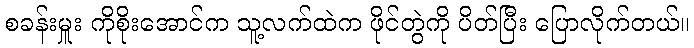
စခန်းမှူး ကိုစိုးအောင်က သူ့လက်ထဲက ဖိုင်တွဲကို ပိတ်ပြီး ပြောလိုက်တယ်။